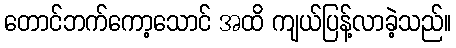
တောင်ဘက်ကော့သောင် အထိ ကျယ်ပြန့်လာခဲ့သည်။